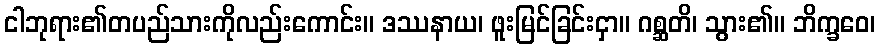
ငါဘုရား၏တပည်သားကိုလည်းကောင်း။ ဒဿနာယ၊ ဖူးမြင်ခြင်းငှာ။ ဂစ္ဆတိ၊ သွား၏။ ဘိက္ခဝေ၊